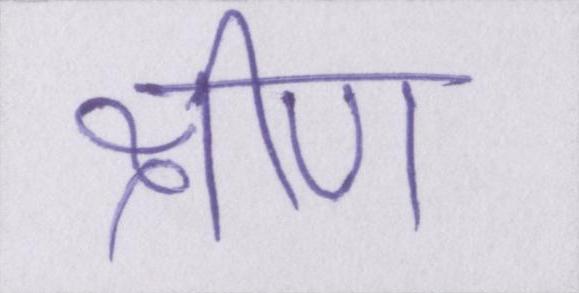
क्षीण